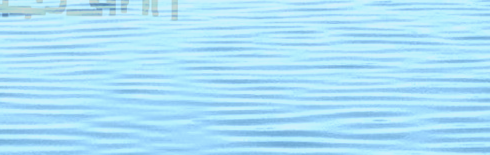
خدمات التنظيف المنزلية ال